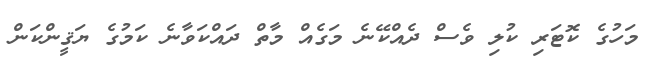
މަހުގެ ކޮޓަރި ކުލި ވެސް ދެއްކޭނެ މަގެއް މާތް ދައްކަވާނެ ކަމުގެ ޔަޤީންކަން